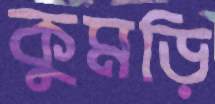
কুমড়ি